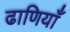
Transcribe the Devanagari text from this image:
ढाणियाँ